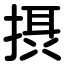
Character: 摂